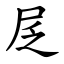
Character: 㞏